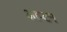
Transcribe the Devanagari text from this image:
आप्टन